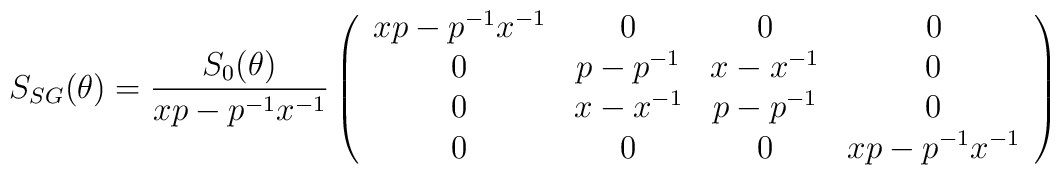
S_{SG}(\theta )=\frac{S_{0}(\theta )}{xp-p^{-1}x^{-1}}\left( \begin{array}{cccc}xp-p^{-1}x^{-1} & 0 & 0 & 0 \\ 0 & p-p^{-1} & x-x^{-1} & 0 \\ 0 & x-x^{-1} & p-p^{-1} & 0 \\ 0 & 0 & 0 & xp-p^{-1}x^{-1}\end{array}\right) \,